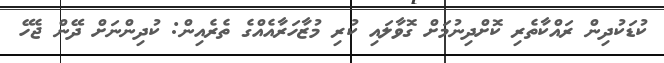
ކުޑަކުދިން ރައްކާތެރި ކޮށްދިނުމަށް ގޮވާލައި ކުރި މުޒާހަރާއެއްގެ ތެރެއިން: ކުދިންނަށް ދޭން ޖެހޭ